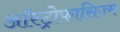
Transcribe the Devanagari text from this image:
ऑस्ट्रोफासिज्म